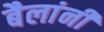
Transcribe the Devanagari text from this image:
बैलांनी